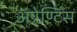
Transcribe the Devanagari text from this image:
अप्रेण्टिस